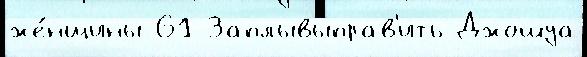
же́нщины 61 Заплывыправ'ить Джошуа